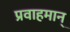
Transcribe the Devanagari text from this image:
प्रवाहमान्